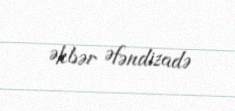
Əkbər Əfəndizadə